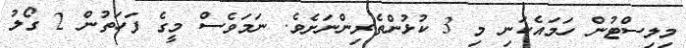
މިލިސްޓުން ހަމައެކަނި މި 3 ކުޅުންތެރިންނަށެވެ. ނަމަވެސް މީގެ ފަހަތުން 2 ގޯލު